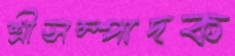
শ্রীসম্পাদক